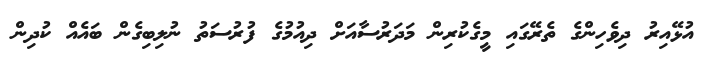
އުޅޭއިރު ދިވެހިންގެ ތެރޭގައި މީގެކުރިން މަދަރުސާއަށް ދިއުމުގެ ފުރުސަތު ނުލިބިގެން ބައެއް ކުދިން